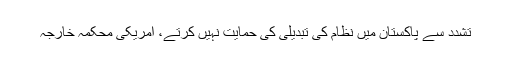
تشدد سے پاکستان میں نظام کی تبدیلی کی حمایت نہیں کرتے، امریکی محکمہ خارجہ